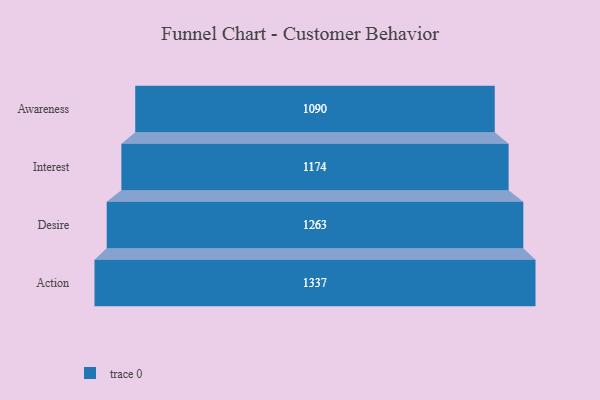
{"axis": {"x": "Stage", "y": "Value"}, "legend": [""], "data": [{"x": "Awareness", "y": 1090.0, "type": ""}, {"x": "Interest", "y": 1174.0, "type": ""}, {"x": "Desire", "y": 1263.0, "type": ""}, {"x": "Action", "y": 1337.0, "type": ""}]}